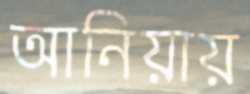
আনিয়ায়